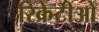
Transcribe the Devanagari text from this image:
रिक्रेटीओ